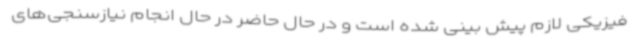
فیزیکی لازم پیش بینی شده است و در حال حاضر در حال انجام نیازسنجی‌های